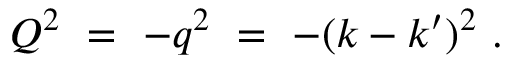
Q ^ { 2 } \ = \ - q ^ { 2 } \ = \ - ( k - k ^ { \prime } ) ^ { 2 } \ .